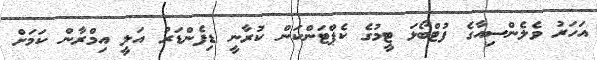
އަހަރު ވެލެންސިއާގެ ފުޓްބޯޅަ ޓީމުގެ ކެޕްޓަންކަން ކުރާނީ ޑިފެންޑަރު އަލީ އިމްރާން ކަމަށް